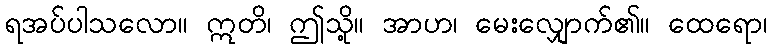
ရအပ်ပါသလော။ ဣတိ၊ ဤသို့။ အာဟ၊ မေးလျှောက်၏။ ထေရော၊